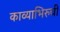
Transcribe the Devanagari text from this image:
काव्याभिरुची